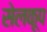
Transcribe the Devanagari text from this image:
सेलकूप